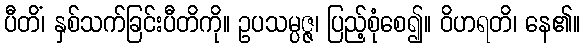
ပီတိံ၊ နှစ်သက်ခြင်းပီတိကို။ ဥပသမ္ပဇ္ဇ၊ ပြည့်စုံစေ၍။ ဝိဟရတိ၊ နေ၏။